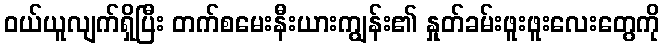
ဝယ်ယူလျက်ရှိပြီး တက်စမေးနီးယားကျွန်း၏ နှုတ်ခမ်းဖူးဖူးလေးတွေကို